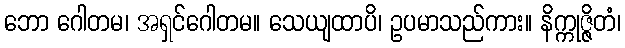
ဘော ဂေါတမ၊ အရှင်ဂေါတမ။ သေယျထာပိ၊ ဥပမာသည်ကား။ နိက္ကုဇ္ဇိတံ၊